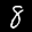
Label: 8